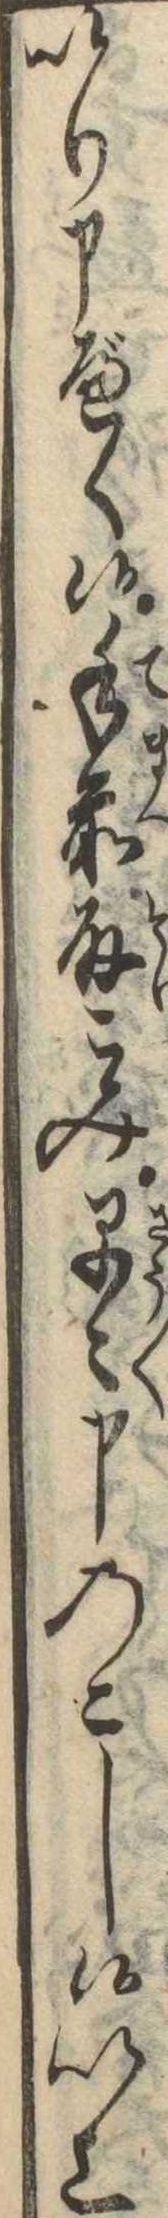
いり申べく候手前取こみ早〻申のこし候以上